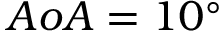
A o A = 1 0 ^ { \circ }